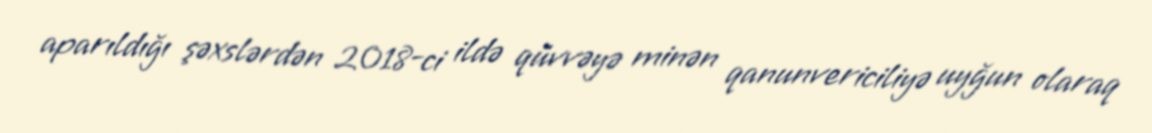
aparıldığı şəxslərdən 2018-ci ildə qüvvəyə minən qanunvericiliyə uyğun olaraq